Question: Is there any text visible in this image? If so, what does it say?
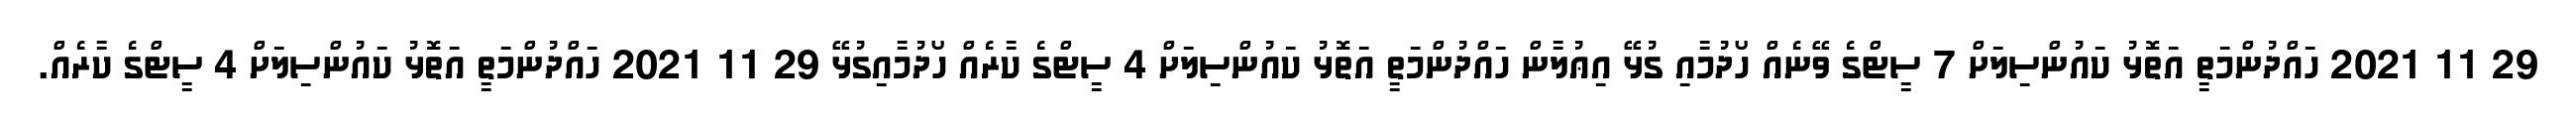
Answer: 29 11 2021 ހައްދުންމަތީ އަތޮޅު ކައުންސިލަށް 7 ސީޓްގެ ވޭނެއް ހޯދުމާއި ގުޅޭ އިޢުލާން ހައްދުންމަތީ އަތޮޅު ކައުންސިލަށް 4 ސީޓްގެ ކާރެއް ހޯދުމާއިގުޅޭ 29 11 2021 ހައްދުންމަތީ އަތޮޅު ކައުންސިލަށް 4 ސީޓްގެ ކާރެއް.